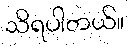
သိရပါတယ်။